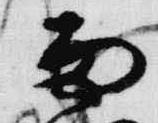
雨